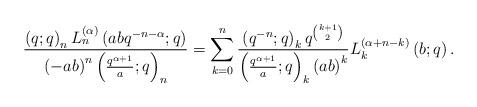
LaTeX: \begin{align*}\frac{\left(q;q\right)_{n}L_{n}^{(\alpha)}\left(abq^{-n-\alpha};q\right)}{\left(-ab\right)^{n}\left(\frac{q^{\alpha+1}}{a};q\right)_{n}}=\sum_{k=0}^{n}\frac{\left(q^{-n};q\right)_{k}q^{\binom{k+1}{2}}}{\left(\frac{q^{\alpha+1}}{a};q\right)_{k}\left(ab\right)^{k}}L_{k}^{(\alpha+n-k)}\left(b;q\right).\end{align*}